system: You are a helpful assistant.
user:
Analyze the provided spectrum to determine if it is a **M-type Giant (gM)**.

A M-type Giant spectrum is defined by its **strong molecular absorption** features, particularly from **Titanium Oxide (TiO)**. You must check for one of the following mutually exclusive signatures:

- **Key Visual Indicators (Absorption-Dominated Spectrum):**

    - **(Primary):** The spectrum is dominated by strong molecular absorption from **Titanium Oxide (TiO)**. This is the **defining feature** of its M-type temperature class.
        - **(Key Bandheads):** Look for sharp, "saw-tooth" absorption valleys. The strongest are located near **~7050 Å**, **~6160 Å**, and **~5170 Å**.
        - **(Line Profile):** The "saw-tooth" morphology is critical: a **sharp, steep drop on the BLUE (short-wavelength) side** of the bandhead, followed by a gradual recovery (rising flux) towards the RED (long-wavelength) side.

    - **(Key Confirmation - Giant vs. Dwarf):** **ABSENCE** of strong **Calcium Hydride (CaH)** molecular bands. This is the primary diagnostic for *excluding* M-dwarfs.
        - **(Key Region):** The spectrum should lack the strong, broad absorption band seen in dwarfs between **~6800 Å and ~7000 Å**.

    - **(Secondary Confirmation - Giant):** A very strong and broad **Neutral Calcium (Ca I)** atomic absorption line.
        - **(Key Line):** Located at **~4226 Å**. In a giant (gM), this line is significantly deeper and broader than the same line in an M-dwarf (dM) due to low surface gravity.

    - **(Overall Spectrum):**
        - The continuum is **extremely red-sloping** (i.e., flux is very low in the blue and rises dramatically towards the red).
        - The entire spectrum appears "chopped up" by the deep TiO bands.

Think first, call **spectral_visualization_tool** if needed to examine features in detail, then provide your final answer. Your response must adhere to the following strict rules:
1.  **Overall Structure:** Your response must follow the format `<think>...</think> <tool_call>...</tool_call> (if a tool is used) <answer>...</answer>`.
2.  **Tool Usage Constraint:** You may only make **one** tool call per turn.
3.  **Final Answer Format:** In the `<answer>` tag, your conclusion must be inside a `\boxed{}` command (e.g., `\boxed{YES}` or `\boxed{NO}`), followed by your justification.

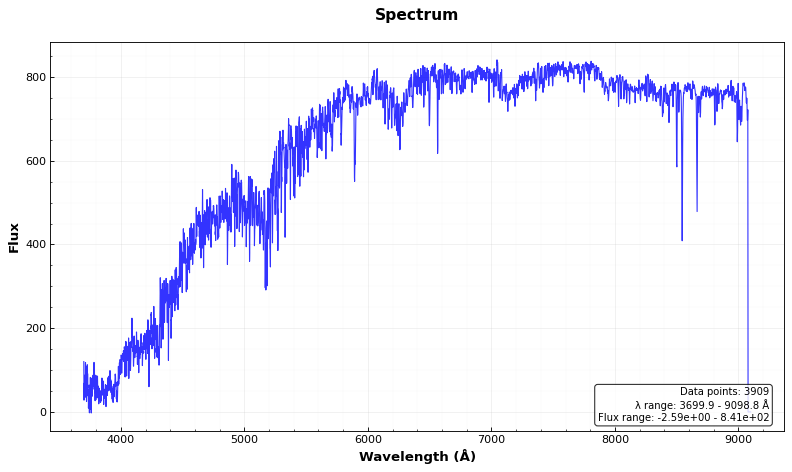
Answer: NO